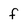
Character: f